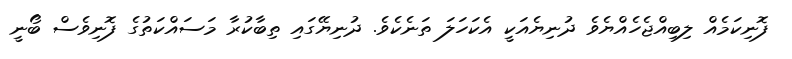
ފޮނިކަމެއް ލިބިއްޖެހެއްޔެވެ ދުނިޔެއަކީ އެކަހަލަ ތަނެކެވެ. ދުނިޔޭގައި ތިބާކުރާ މަސައްކަތުގެ ފޮނިވެސް ބޯނީ